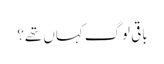
باقی لوگ کہاں تھے؟